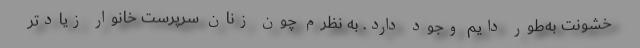
خشونت به‌طور دايم وجود دارد. به نظرم چون زنان سرپرست خانوار زيادتر